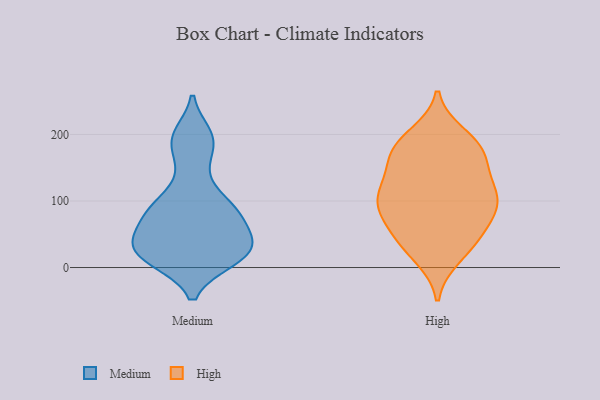
{"axis": {"x": "Revenue (USD Million)", "y": "Value"}, "legend": ["High", "Medium"], "data": [{"x": "", "y": 199, "type": "Medium"}, {"x": "", "y": 11, "type": "Medium"}, {"x": "", "y": 13, "type": "Medium"}, {"x": "", "y": 37, "type": "Medium"}, {"x": "", "y": 12, "type": "Medium"}, {"x": "", "y": 35, "type": "Medium"}, {"x": "", "y": 32, "type": "Medium"}, {"x": "", "y": 85, "type": "Medium"}, {"x": "", "y": 56, "type": "Medium"}, {"x": "", "y": 90, "type": "Medium"}, {"x": "", "y": 114, "type": "Medium"}, {"x": "", "y": 84, "type": "Medium"}, {"x": "", "y": 36, "type": "Medium"}, {"x": "", "y": 77, "type": "Medium"}, {"x": "", "y": 84, "type": "Medium"}, {"x": "", "y": 156, "type": "Medium"}, {"x": "", "y": 194, "type": "Medium"}, {"x": "", "y": 35, "type": "Medium"}, {"x": "", "y": 12, "type": "Medium"}, {"x": "", "y": 189, "type": "Medium"}, {"x": "", "y": 98, "type": "High"}, {"x": "", "y": 55, "type": "High"}, {"x": "", "y": 167, "type": "High"}, {"x": "", "y": 42, "type": "High"}, {"x": "", "y": 199, "type": "High"}, {"x": "", "y": 122, "type": "High"}, {"x": "", "y": 107, "type": "High"}, {"x": "", "y": 84, "type": "High"}, {"x": "", "y": 146, "type": "High"}, {"x": "", "y": 79, "type": "High"}, {"x": "", "y": 115, "type": "High"}, {"x": "", "y": 183, "type": "High"}, {"x": "", "y": 16, "type": "High"}, {"x": "", "y": 25, "type": "High"}, {"x": "", "y": 104, "type": "High"}, {"x": "", "y": 160, "type": "High"}, {"x": "", "y": 188, "type": "High"}, {"x": "", "y": 97, "type": "High"}, {"x": "", "y": 176, "type": "High"}, {"x": "", "y": 51, "type": "High"}]}